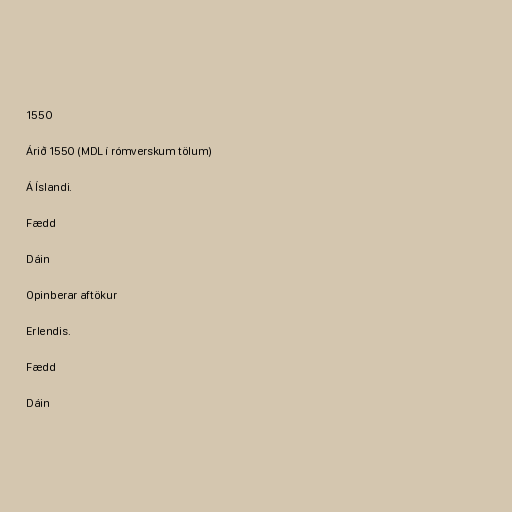
1550

Árið 1550 (MDL í rómverskum tölum)

Á Íslandi.

Fædd

Dáin

Opinberar aftökur

Erlendis.

Fædd

Dáin